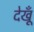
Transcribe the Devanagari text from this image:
देखूँ